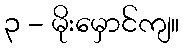
၃ - မိုးမှောင်ကျ။